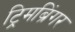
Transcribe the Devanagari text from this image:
ट्रिमब्रिंगर